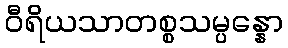
ဝီရိယသာတစ္စသမ္ပန္နော